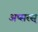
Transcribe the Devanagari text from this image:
अप्सरस्